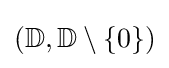
(\mathbb {D} ,\mathbb {D} \setminus \{0\})